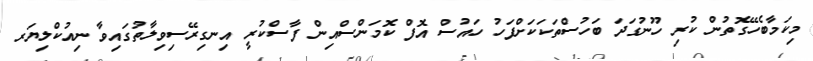
މިކަމާބެހޭގޮތުން ކުރި ހޫނުގަދަ ބަހުސްތަކަކަށްފަހު ހައުސް އޮފް ކޮމަންސްއިން ފާސްކުރީ އިނގިރޭސިވިލާތުގައިވާ ނިއުކްލިޔަރ